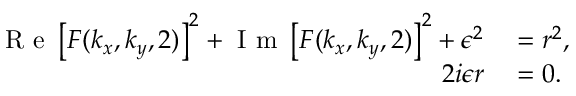
\begin{array} { r l } { \mathrm { ~ R ~ e ~ } \left[ F ( k _ { x } , k _ { y } , 2 ) \right] ^ { 2 } + \mathrm { ~ I ~ m ~ } \left[ F ( k _ { x } , k _ { y } , 2 ) \right] ^ { 2 } + \epsilon ^ { 2 } } & { { } = r ^ { 2 } , } \\ { 2 i \epsilon r } & { { } = 0 . } \end{array}